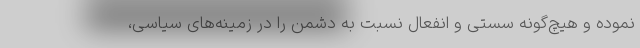
نموده و هیچ‌گونه سستی و انفعال نسبت به دشمن را در زمینه‌های سیاسی،